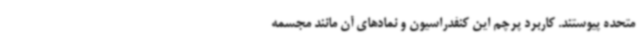
متحده پیوستند. کاربرد پرچم این کنفدراسیون و نمادهای آن مانند مجسمه